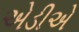
એડીએ